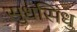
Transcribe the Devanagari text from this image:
सुधसिंधु